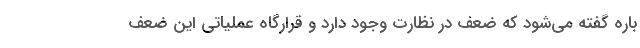
باره گفته می‌شود که ضعف در نظارت وجود دارد و قرارگاه عملیاتی این ضعف